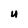
Character: U